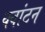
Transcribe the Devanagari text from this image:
क्वांटन